Annual administration report of the Civil Veterinary Department of India - 1907-1908
Year: 1907
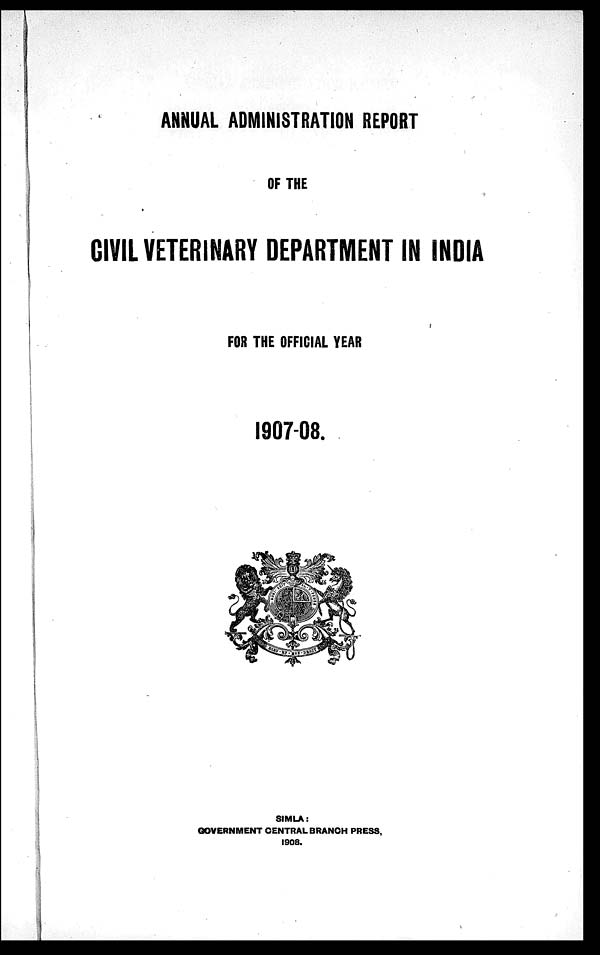
ANNUAL ADMINISTRATION REPORT
OF THE
CIVIL VETERINARY DEPARTMENT IN INDIA
FOR THE OFFICIAL YEAR
1907-08.
SIMLA:
GOVERNMENT CENTRAL BRANCH PRESS,
1908.